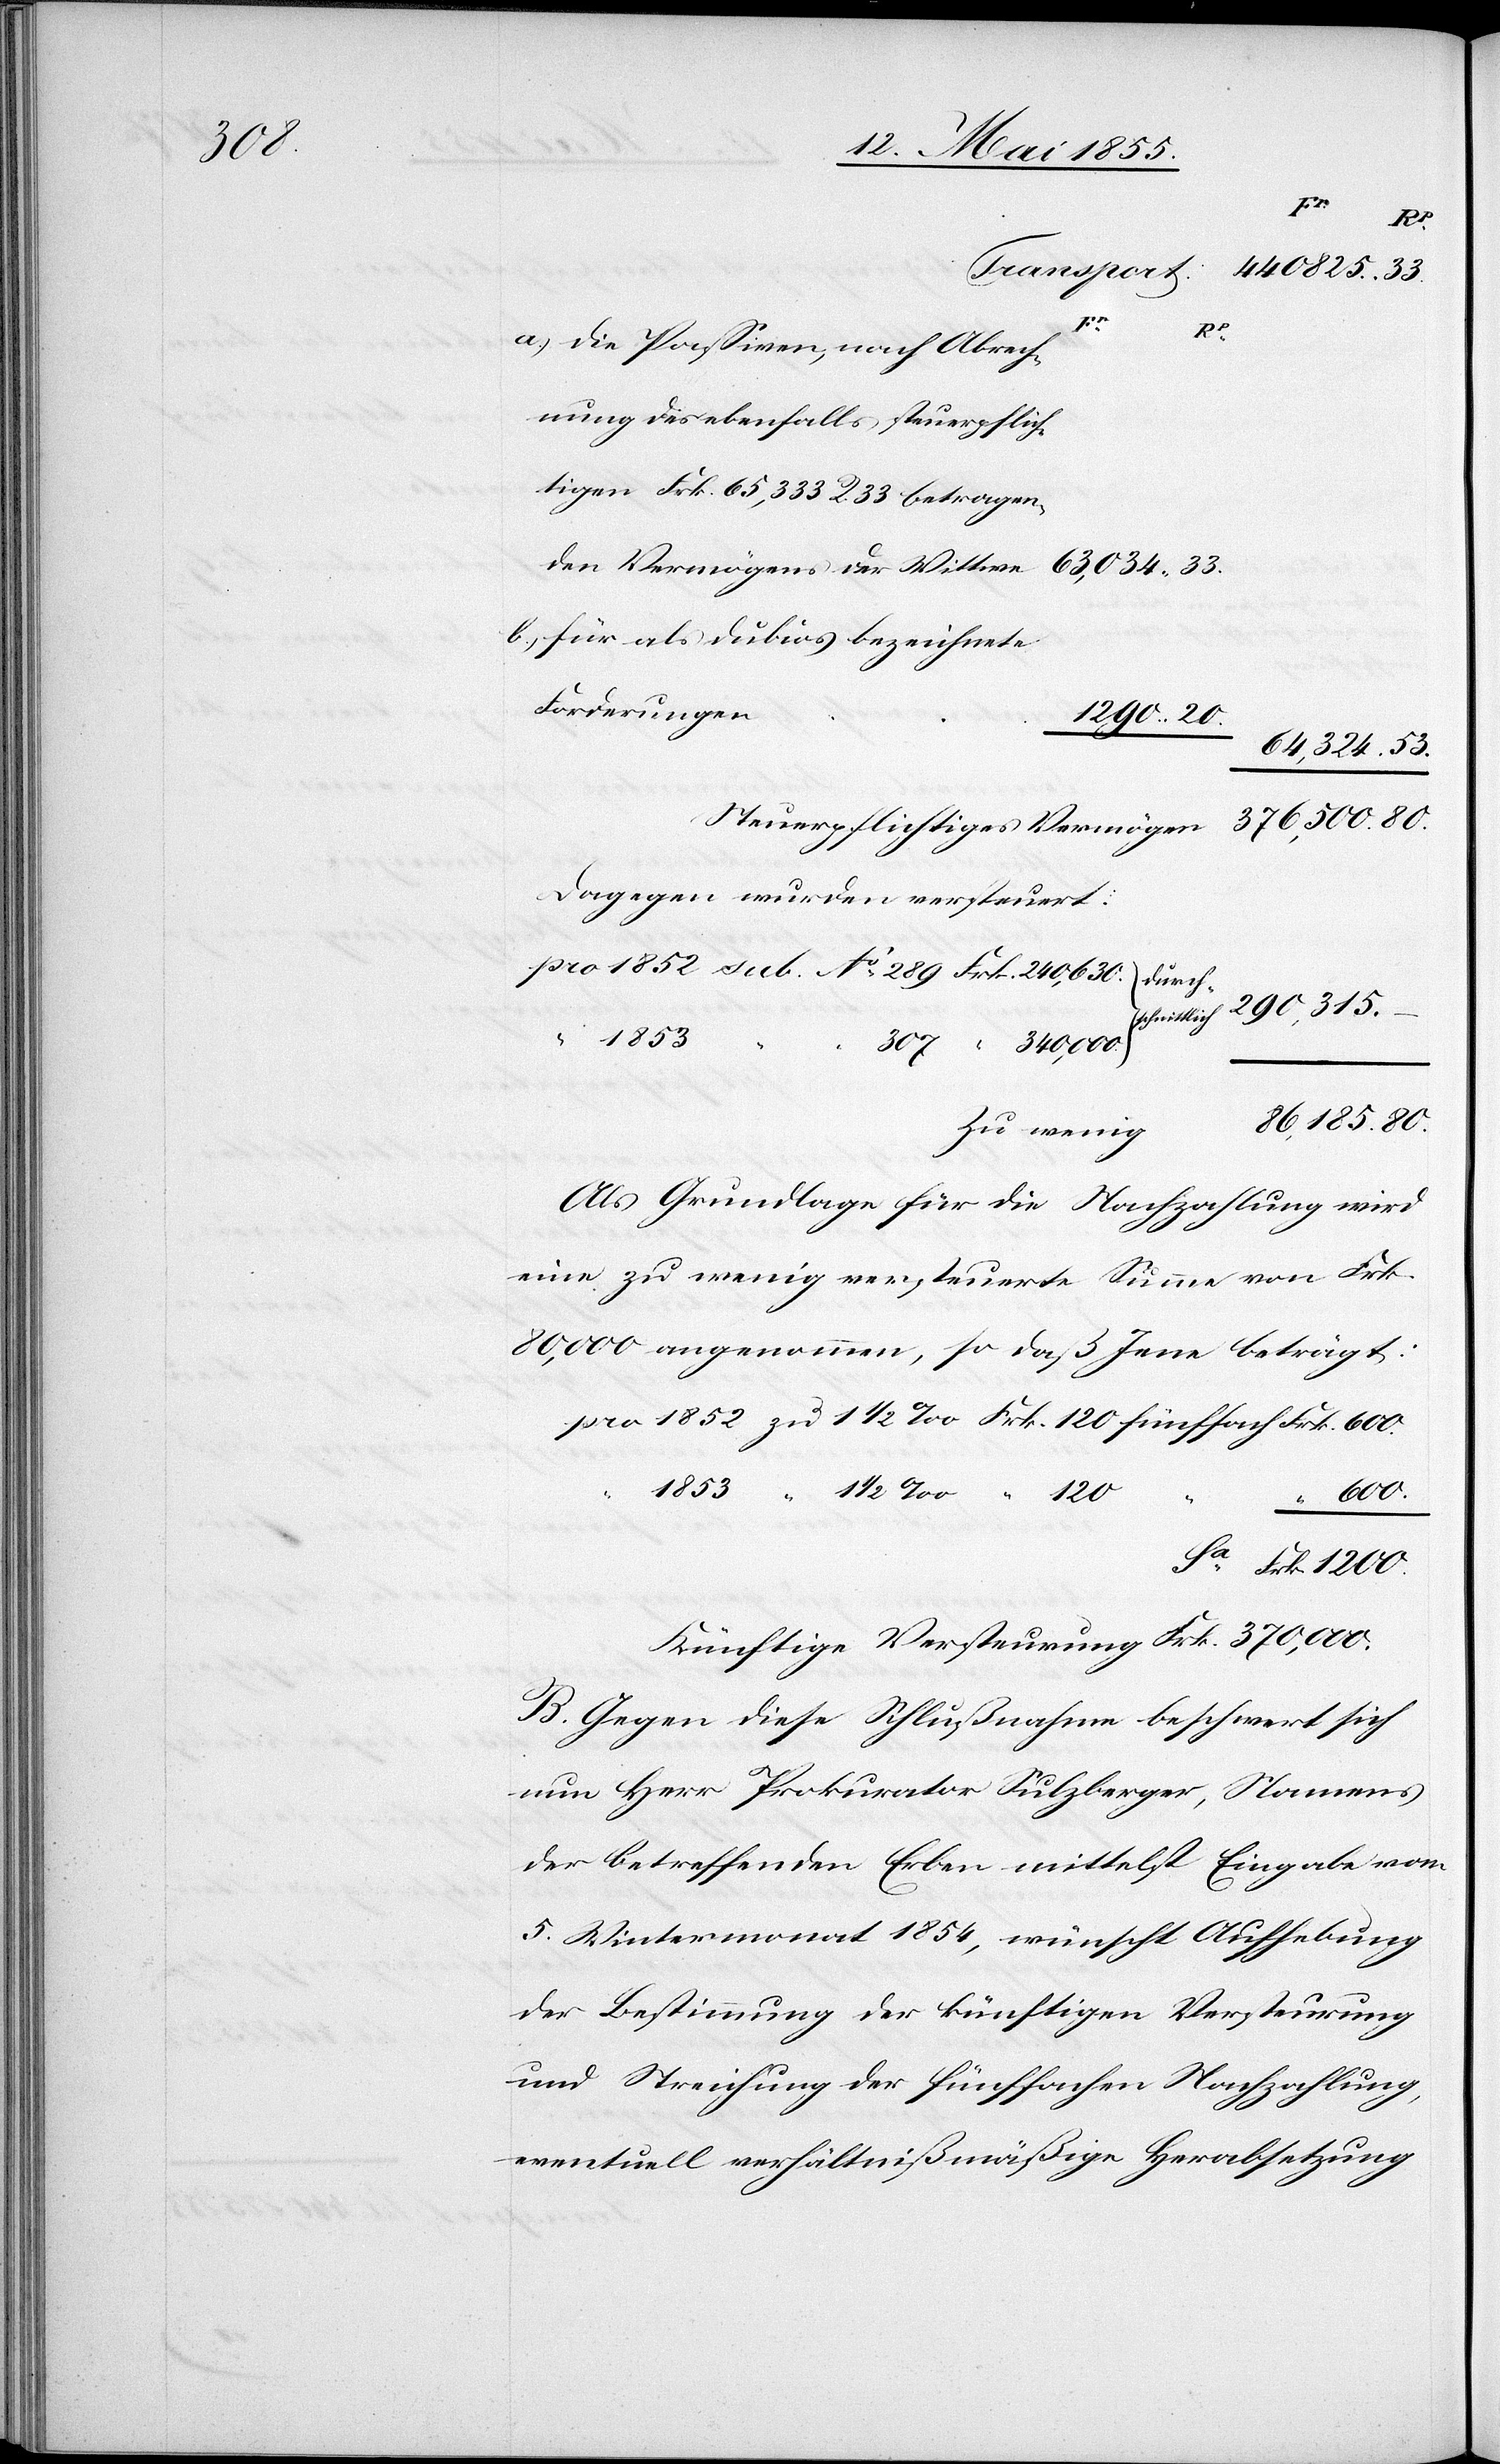
240,630.

Frk.
600.
pro
289
die Passiven, nach Abrech¬
nung des ebenfalls steuerpflich¬
tigen Frk. 65,333 R. 33 betragen¬
für als dubios bezeichnete
Forderungen
64,324. 53.
Dagegen wurden versteuert:
“ 1853
307 “ 340,000.
86,185. 80.
Zu wenig
Als Grundlage für die Nachzahlung wird
eine zu wenig versteuerte Summe von Frk.
80,000 angenommen, so daß Jene beträgt:
“ 1853 “ 1 1/2 ‰ “ 120
teurung
“ 600.
Frk. 1200.
B. Gegen diese Schlußnahme beschwert sich
nun Herr Prokurator Sulzberger, Namens
der betreffenden Erben mittelst Eingabe vom
5. Wintermonat 1854, wünscht Aufhebung
der Bestimmung der künftigen Versteurung
und Streichung der fünffachen Nachzahlung,
eventuell verhältnißmäßige Herabsetzung